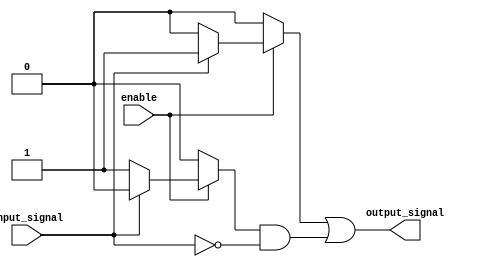
module push_pull_buffer (
    input wire input_signal,
    input wire enable,
    output reg output_signal
);

reg drive_high, drive_low;

always @ (enable or input_signal)
begin
    if (enable)
    begin
        if (input_signal)
        begin
            drive_high = 1'b1;
            drive_low = 1'b0;
        end
        else
        begin
            drive_high = 1'b0;
            drive_low = 1'b1;
        end
    end
    else
    begin
        drive_high = 1'b0;
        drive_low = 1'b0;
    end
end

assign output_signal = drive_high | (drive_low & !input_signal);

endmodule